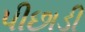
પીછાડી